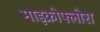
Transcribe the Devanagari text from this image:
माइक्रोफ्लोरा